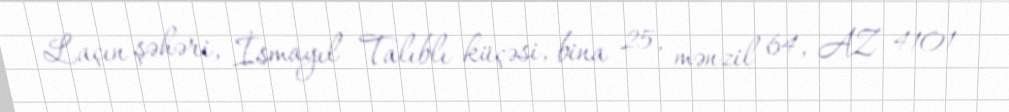
Laçın şəhəri, İsmayıl Talıblı küçəsi, bina 25, mənzil 64, AZ 4101